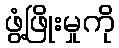
ဖွံ့ဖြိုးမှုကို